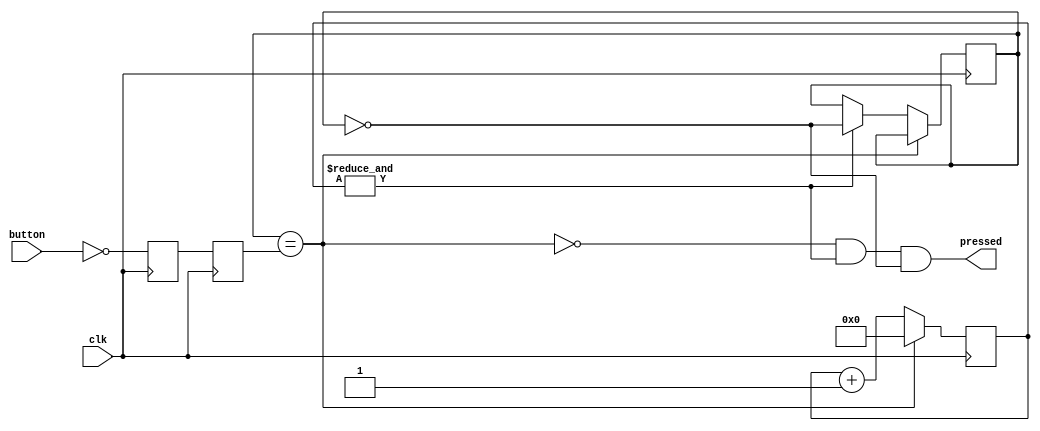
module debounce(
    input clk,
    input button,  
	 
    output pressed
);

	wire 				PB_idle = (PB_state==PB_sync_1);
	wire 				PB_cnt_max = &PB_cnt;	
	reg 	[15:0] 	PB_cnt;
	reg 				PB_state, PB_sync_0, PB_sync_1;  

	assign pressed = ~PB_idle & PB_cnt_max & ~PB_state;	
	
	always @(posedge clk) begin
		PB_sync_0 <= ~button; 
		PB_sync_1 <= PB_sync_0;	
	end

	always @(posedge clk) begin
		if(PB_idle) PB_cnt <= 0;
		
		else begin
			PB_cnt <= PB_cnt + 16'd1;
			if(PB_cnt_max) PB_state <= ~PB_state;  
		end
	end

endmodule